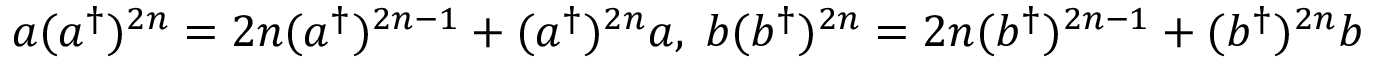
a ( a ^ { \dagger } ) ^ { 2 n } = 2 n ( a ^ { \dagger } ) ^ { 2 n - 1 } + ( a ^ { \dagger } ) ^ { 2 n } a , \; b ( b ^ { \dagger } ) ^ { 2 n } = 2 n ( b ^ { \dagger } ) ^ { 2 n - 1 } + ( b ^ { \dagger } ) ^ { 2 n } b